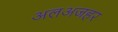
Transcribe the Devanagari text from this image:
अलअजहर